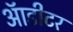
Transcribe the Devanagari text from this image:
ऑडीटर